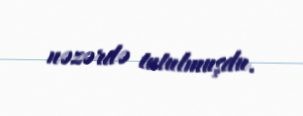
nəzərdə tutulmuşdu.